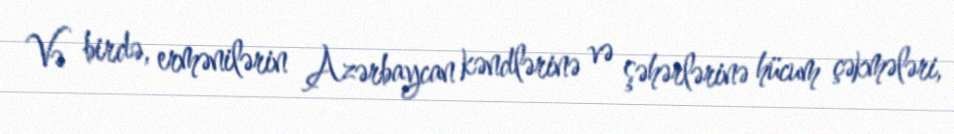
Və birdə, ermənilərin Azərbaycan kəndlərinə və şəhərlərinə hücum çəkmələri,